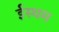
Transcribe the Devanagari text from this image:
ईस्थम